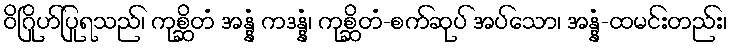
ဝိဂြိုဟ်ပြုရသည်၊ ကုစ္ဆိတံ အန္နံ ကဒန္နံ၊ ကုစ္ဆိတံ-စက်ဆုပ် အပ်သော၊ အန္နံ-ထမင်းတည်း၊